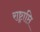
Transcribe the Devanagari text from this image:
राष्ट्राप्ति